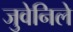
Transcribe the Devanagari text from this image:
जुवेनिले